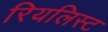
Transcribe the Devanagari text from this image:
रियलिस्ट